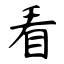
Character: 看